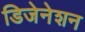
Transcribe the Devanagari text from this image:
डिजेनेशन